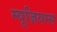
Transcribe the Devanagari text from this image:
म्यूज़ियम्स